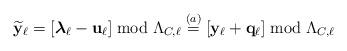
LaTeX: \begin{align*}\widetilde{\mathbf{y}}_\ell &= \left[ \boldsymbol{\lambda}_\ell - \mathbf{u}_\ell \right] \bmod \Lambda_{C,\ell} \stackrel{(a)}{=} \left[ \mathbf{y}_\ell + \mathbf{q}_\ell \right] \bmod \Lambda_{C,\ell}\end{align*}